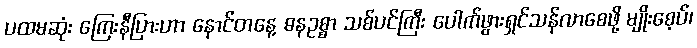
ပထမဆုံး ကြေးနီပြားဟာ နောင်တနေ့ ဓနဥစ္စာ သစ်ပင်ကြီး ပေါက်ဖွားရှင်သန်လာစေဖို့ မျိုးစေ့ပ်၊